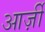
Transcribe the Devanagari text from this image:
आर्ज़ी